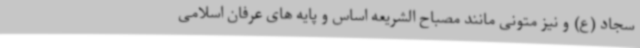
سجاد (ع) و نیز متونی مانند مصباح الشریعه اساس و پایه های عرفان اسلامی